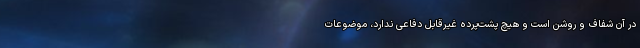
در آن شفاف و روشن است و هیچ پشت‌پرده غیرقابل دفاعی ندارد، موضوعات